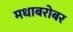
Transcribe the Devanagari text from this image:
मधाबरोबर